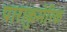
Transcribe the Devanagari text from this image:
पाराकुमेरिक